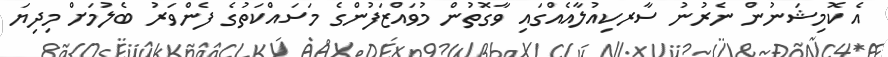
އެ ކޮމިޝަނުން ނެރުނު ސާރކިއުލާއެއްގައި ވާގޮތުން މުވައްޒަފުންގެ މަސައްކަތުގެ ފެންވަރު ބެލުމަށް މިދިޔަ